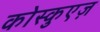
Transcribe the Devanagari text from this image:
कोस्कुएज़